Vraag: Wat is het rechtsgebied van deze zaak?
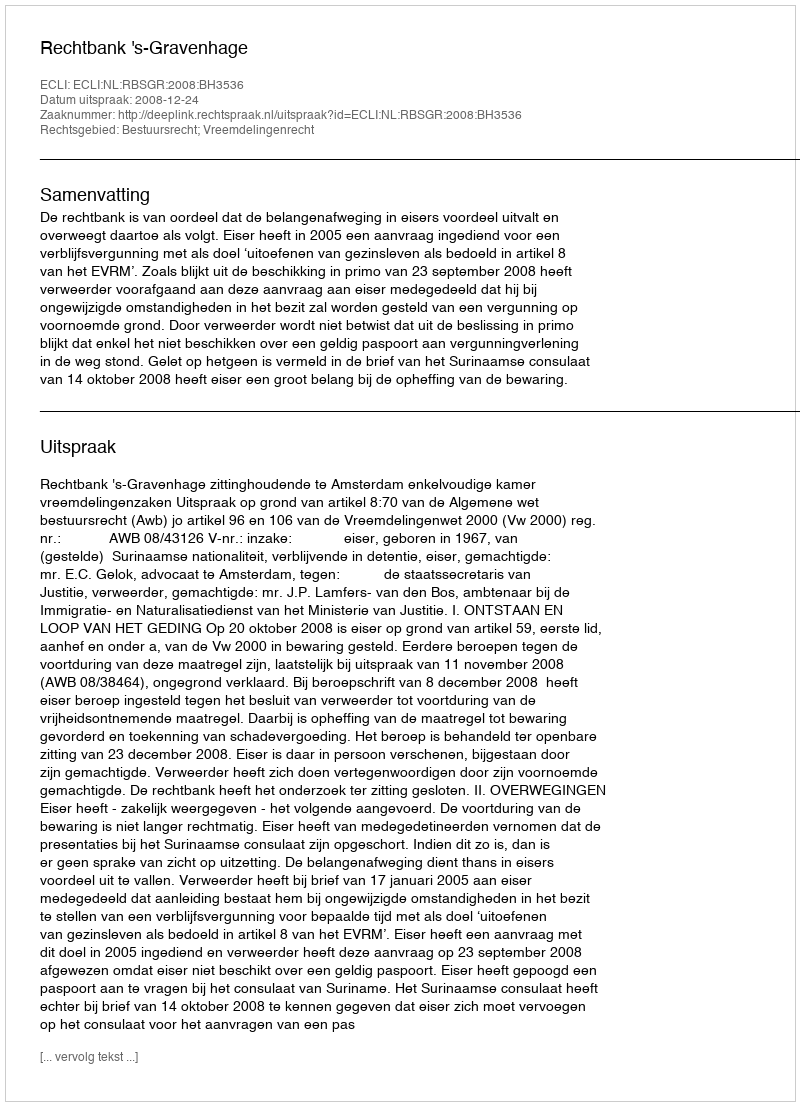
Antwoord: Bestuursrecht; Vreemdelingenrecht